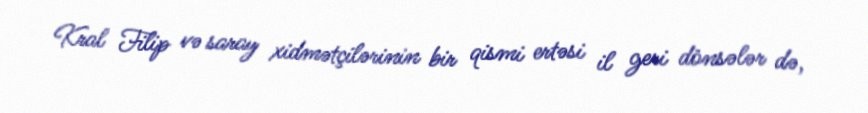
Kral Filip və saray xidmətçilərinin bir qismi ertəsi il geri dönsələr də,